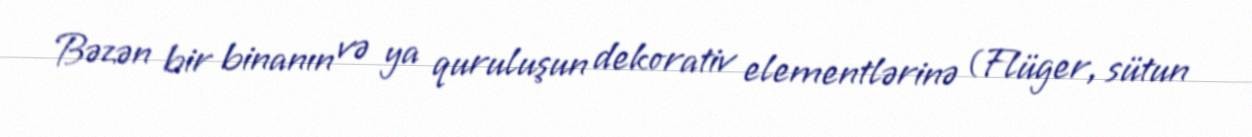
Bəzən bir binanın və ya quruluşun dekorativ elementlərinə (Flüger, sütun